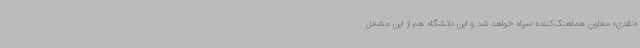
«نقدی» معاون هماهنگ‌کننده سپاه خواهد شد و این دانشگاه هم از این مشعل